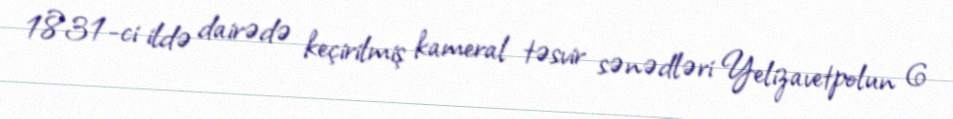
1831-ci ildə dairədə keçirilmiş kameral təsvir sənədləri Yelizavetpolun 6